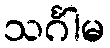
သင်္ဂါမ